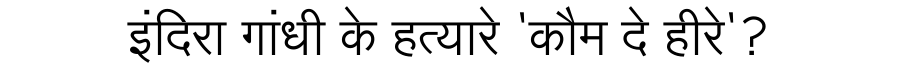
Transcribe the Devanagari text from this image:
इंदिरा गांधी के हत्यारे 'कौम दे हीरे'?